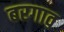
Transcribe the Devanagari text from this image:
बरगाव